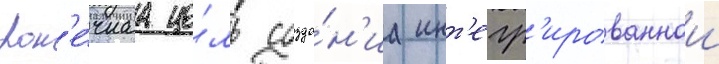
Кон'е́чнаа це́ль созда́н'иа инт'егр'ированнои